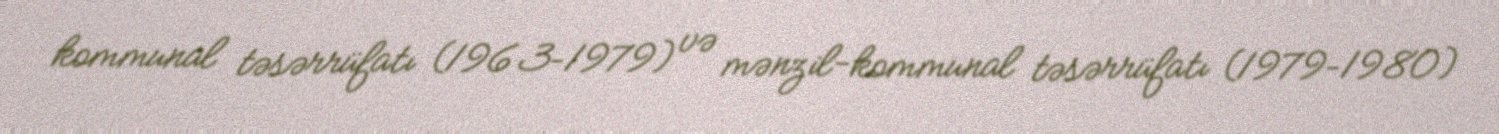
kommunal təsərrüfatı (1963–1979) və mənzil-kommunal təsərrüfatı (1979–1980)